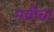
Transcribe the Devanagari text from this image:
मत्रीचा